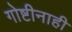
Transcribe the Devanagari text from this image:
गोष्टीनाही